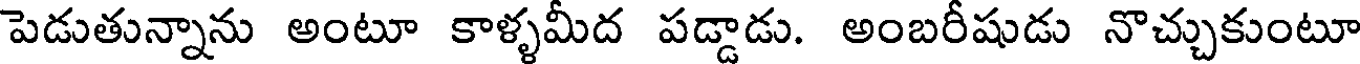
పెడుతున్నాను అంటూ కాళ్ళమీద పడ్డాడు. అంబరీషుడు నొచ్చుకుంటూ